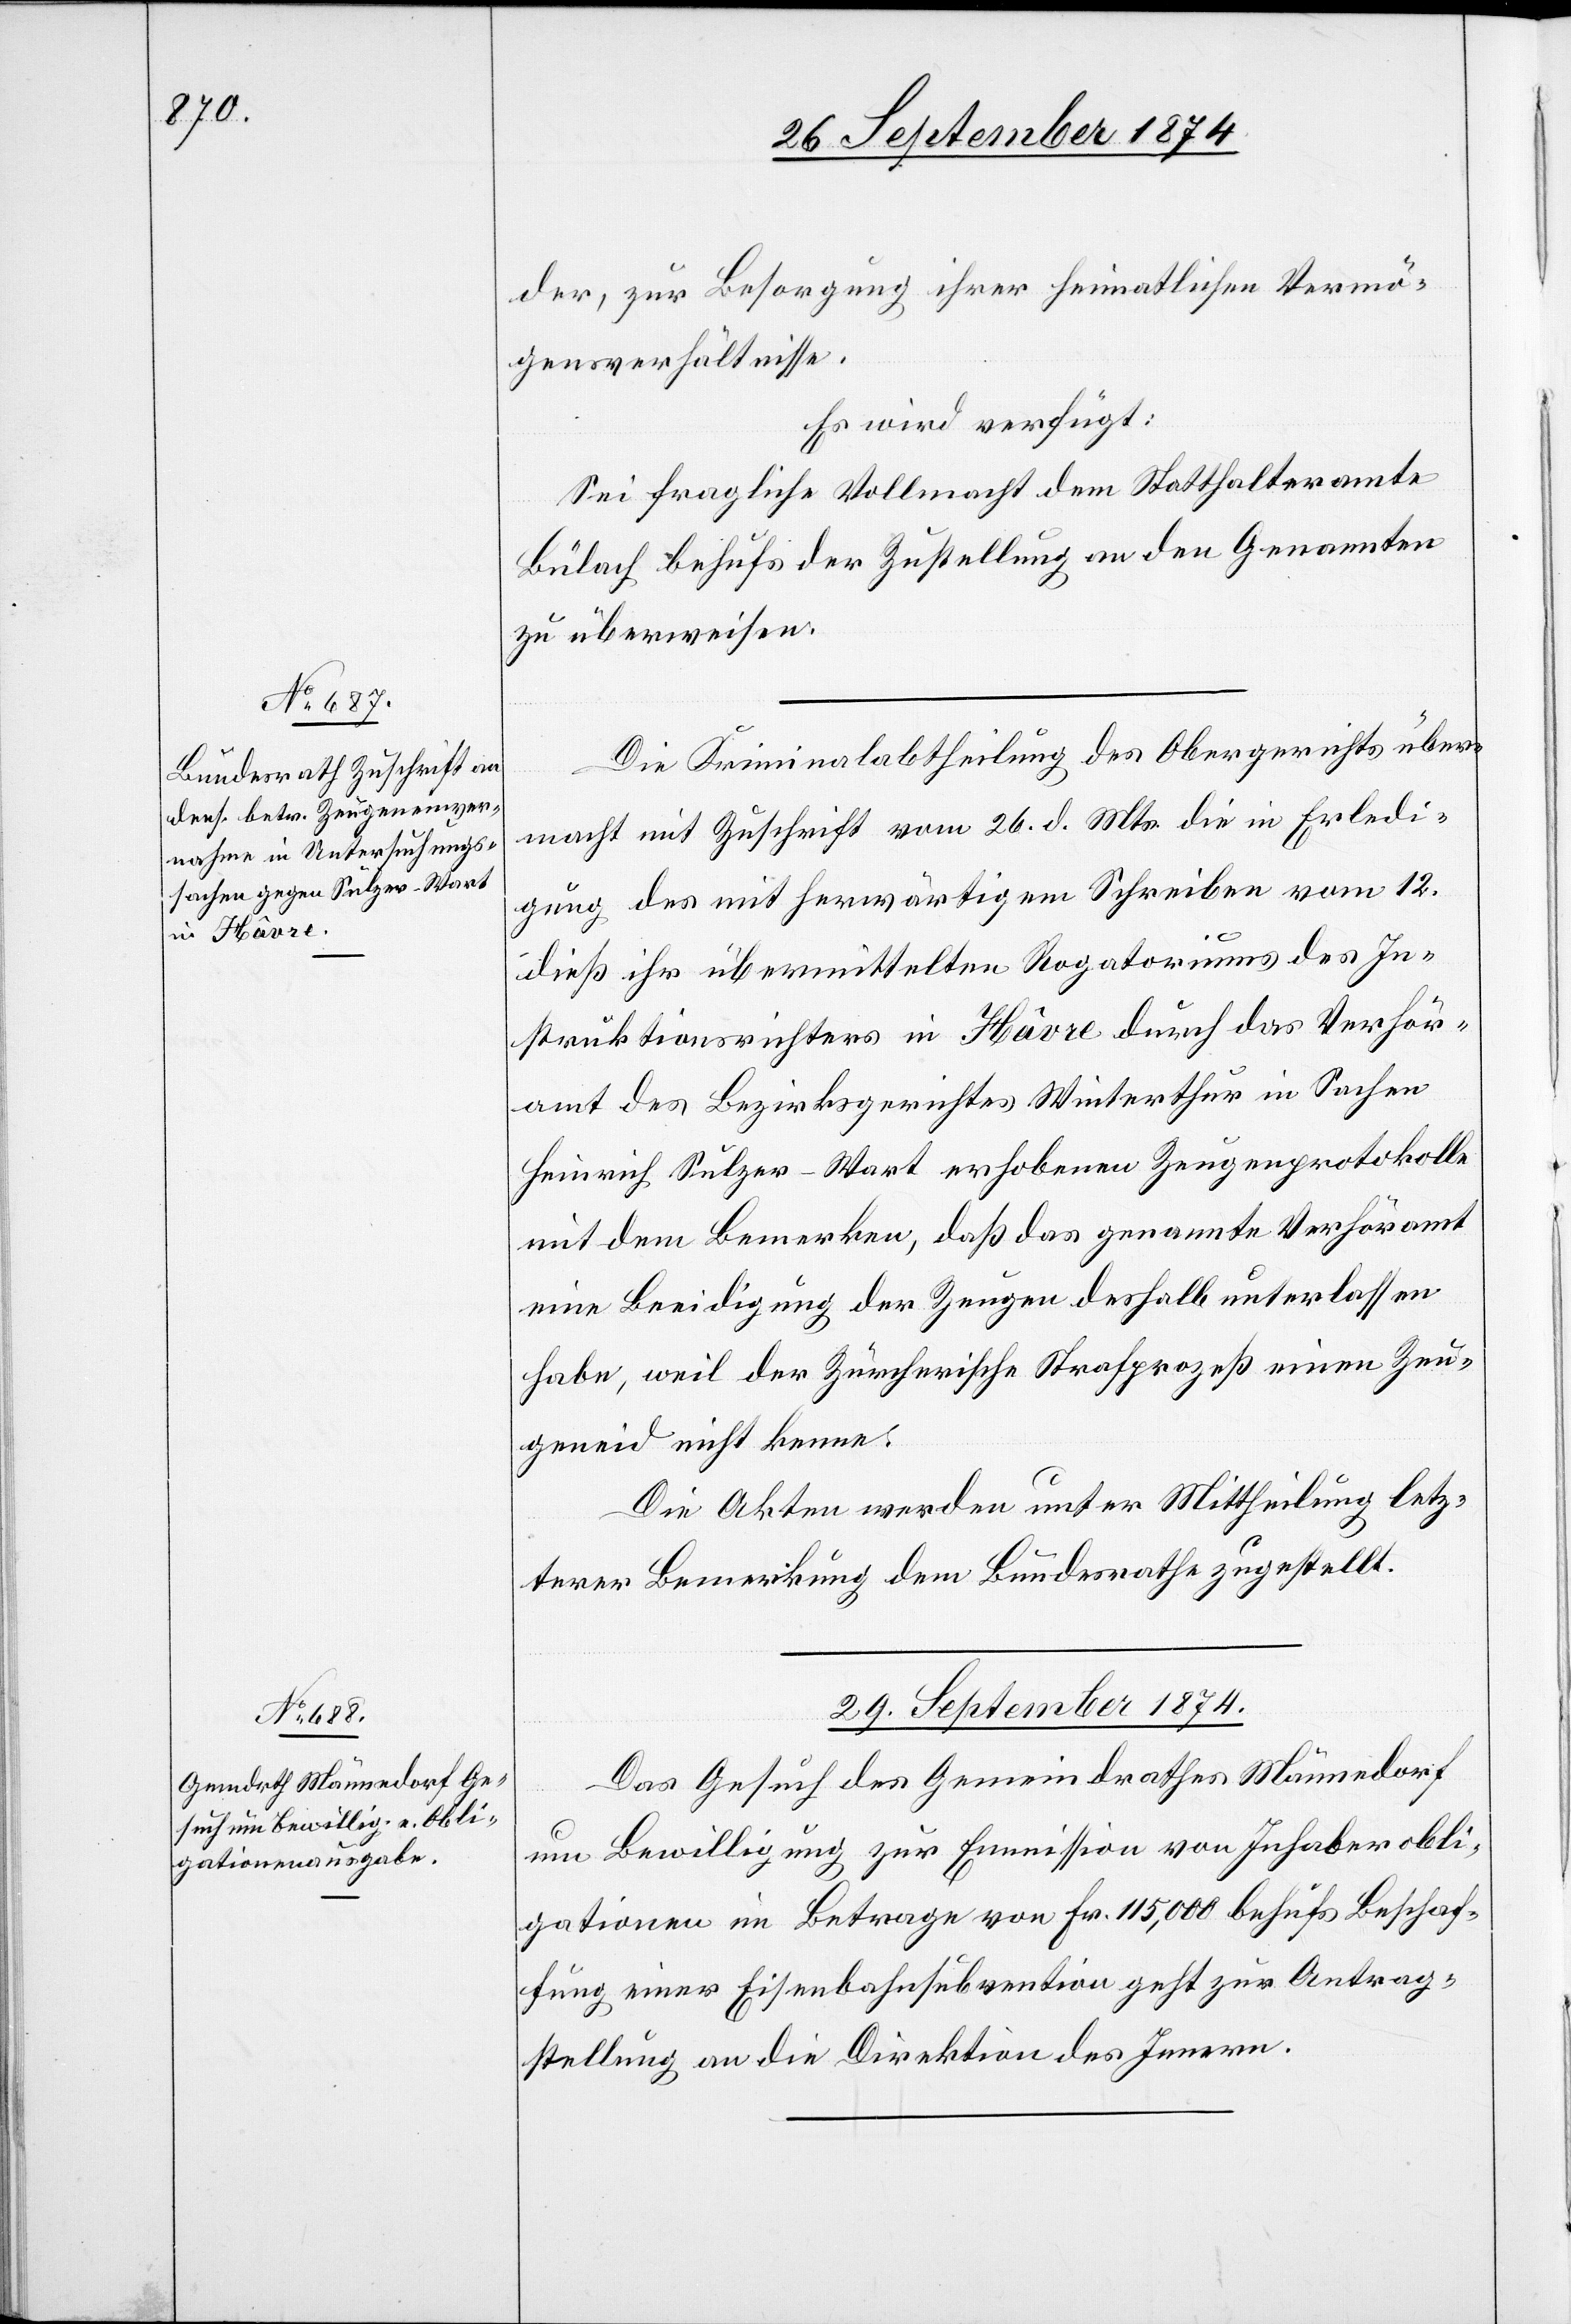
28. September 1874.]
der, zur Besorgung ihrer heimatlichen Vermö¬
gensverhältnisse.
Es wird verfügt:
Sei fragliche Vollmacht dem Statthalteramte
Bülach behufs der Zustellung an den Genannten
Die Kriminalabtheilung des Obergerichts über¬
macht mit Zuschrift vom 26. d. Mts. die in Erledi¬
gung des mit herwärtigem Schreiben vom 12.
dieß ihr übermittelten Rogatoriums des In¬
struktionsrichters in Hâvre durch das Verhör¬
amt des Bezirksrath Winterthur in Sachen
Heinrich Sulzer-Wart erhobenen Zeugenprotokolle
mit dem Bemerken, daß das genannte Verhöramt
eine Beeidigung der Zeugen deshalb unterlassen
habe, weil der Zürcherische Strafprozeß einen Zeu¬
geneid nicht kenne.
Die Akten werden unter Mittheilung letz¬
terer Bemerkung dem Bundesrathe zugestellt.
29. September 1874.
Das Gesuch des Gemeindrathes Männedorf
um Bewilligung zur Emmission von Inhaberobli¬
gationen im Betrage von Fr. 115,000 behufs Beschaf¬
fung einer Eisenbahnsubvention geht zur Antrag¬
stellung an die Direktion des Innern.